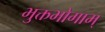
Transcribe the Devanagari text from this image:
भुक्तभोगाम्‌